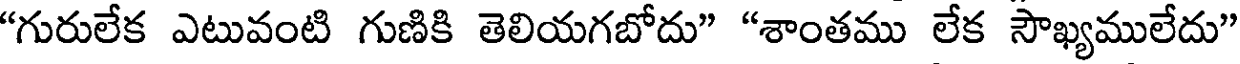
"గురులేక ఎటువంటి గుణికి తెలియగబోదు" "శాంతము లేక సౌఖ్యములేదు"